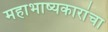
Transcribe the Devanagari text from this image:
महाभाष्यकारांचा